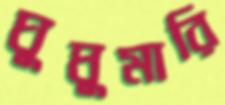
ঘুঘুমারি